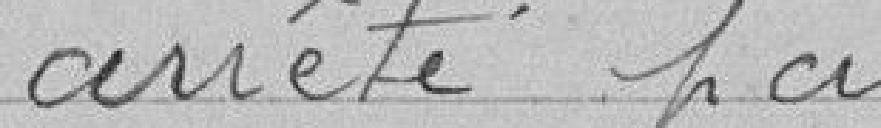
arrêté par